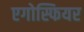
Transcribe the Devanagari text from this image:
एगोस्फियर